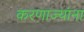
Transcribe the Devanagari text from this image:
करणाज्यांना